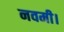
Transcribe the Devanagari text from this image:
नवमी।